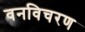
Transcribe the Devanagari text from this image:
वनविचरण